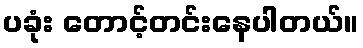
ပခုံး တောင့်တင်းနေပါတယ်။